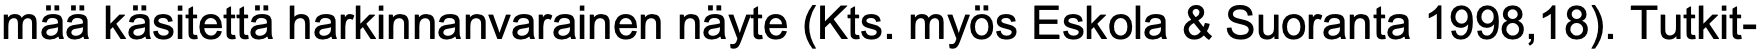
mää käsitettä harkinnanvarainen näyte (Kts. myös Eskola & Suoranta 1998,18). Tutkit-